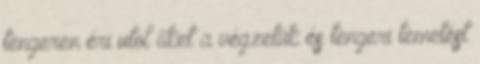
tengeren éri utol őket a végzetük és tengeri temetést